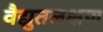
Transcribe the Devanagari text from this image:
वैद्युतलक्षण